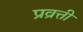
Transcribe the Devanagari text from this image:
प्रव्रत्ती